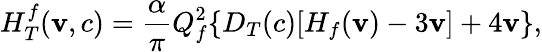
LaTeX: H_{T}^{f}(\mathbf{v},c)=\frac{{\alpha}}{{\pi}}Q_{f}^{2}\{ D_{T}(c)[H_{f}(\mathbf{v})-3\mathbf{v}]+4\mathbf{v}\} ,